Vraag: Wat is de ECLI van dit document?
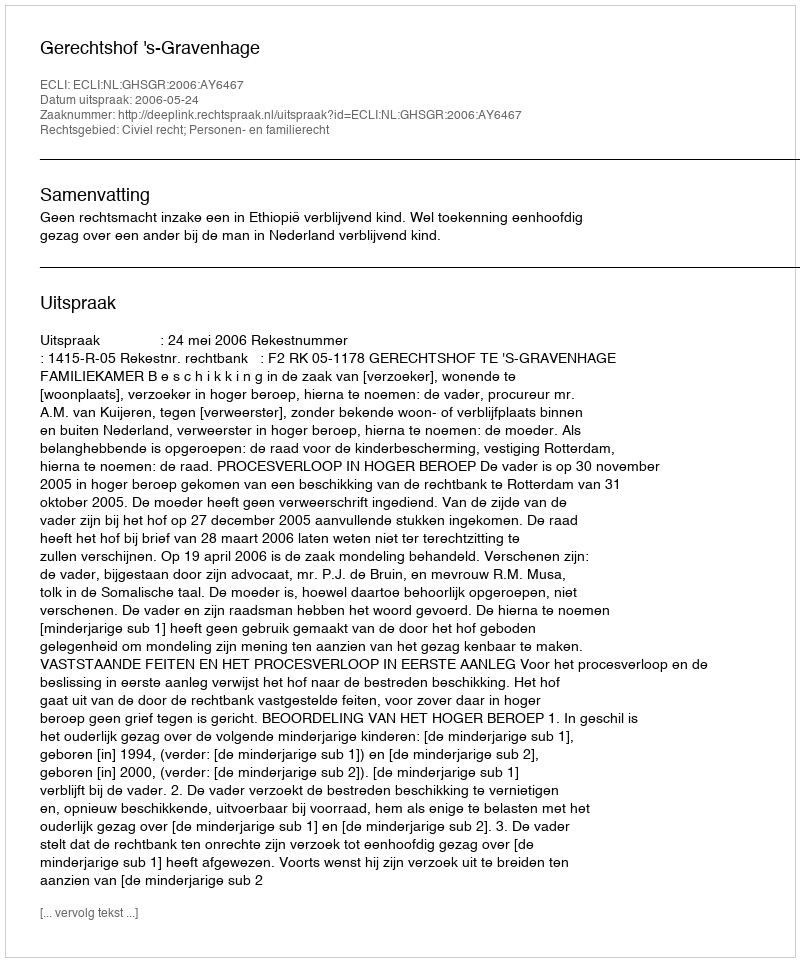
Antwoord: ECLI:NL:GHSGR:2006:AY6467